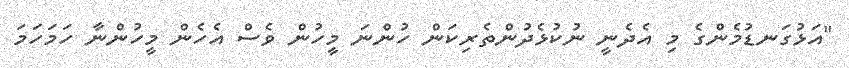
"އަޅުގަނޑުމެންގެ މި އެދެނީ ނުކުޅެދުންތެރިކަން ހުންނަ މީހުން ވެސް އެހެން މީހުންނާ ހަމަހަމަ